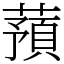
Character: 蕷